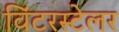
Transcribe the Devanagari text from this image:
विंटरस्टेलर